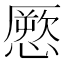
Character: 憠